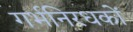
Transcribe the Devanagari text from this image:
गर्भनिरधकों